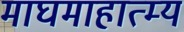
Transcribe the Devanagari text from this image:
माघमाहात्म्य